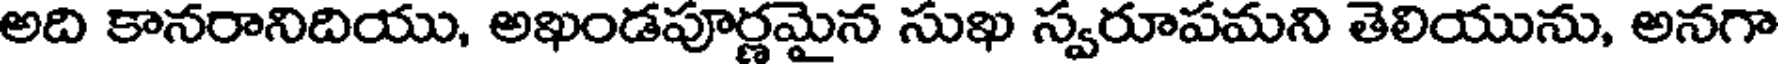
అది కానరానిదియు, అఖండపూర్ణమైన సుఖ స్వరూపమని తెలియును, అనగా